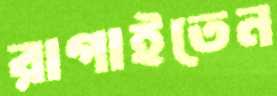
রাগাইতেন